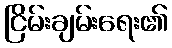
ငြိမ်းချမ်းရေး၏